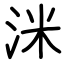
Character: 洣